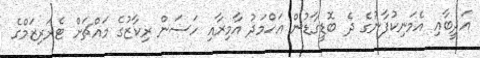
އަދީބާއި އެމަނިކުފާނުގެ ދެ ބޮޑީގާޑުން އަހްމަދު އާމިރާއި ހަސަން ރިކާޒުގެ މައްޗަށް ޓެރަރިޒަމްގެ